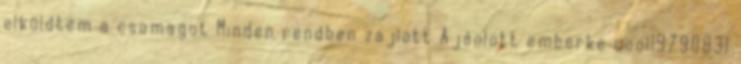
elküldtem a csomagot Minden rendben zajlott Ajánlott emberke cool19790831